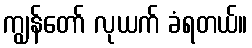
ကျွန်တော် လုယက် ခံရတယ်။